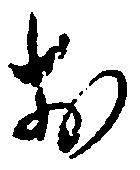
お